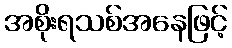
အစိုးရသစ်အနေဖြင့်